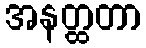
အနတ္ထတာ